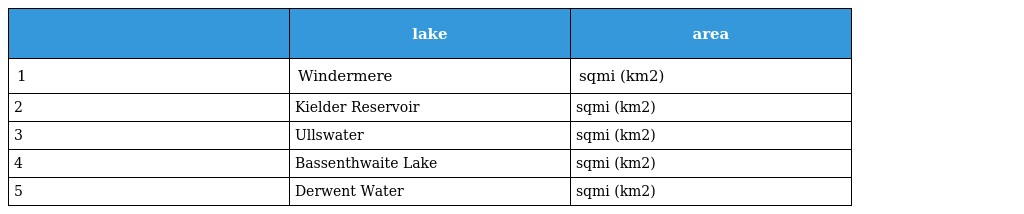
|  | lake | area |
 | --- | --- | --- |
 | 1 | Windermere | sqmi (km2) |
 | 2 | Kielder Reservoir | sqmi (km2) |
 | 3 | Ullswater | sqmi (km2) |
 | 4 | Bassenthwaite Lake | sqmi (km2) |
 | 5 | Derwent Water | sqmi (km2) |